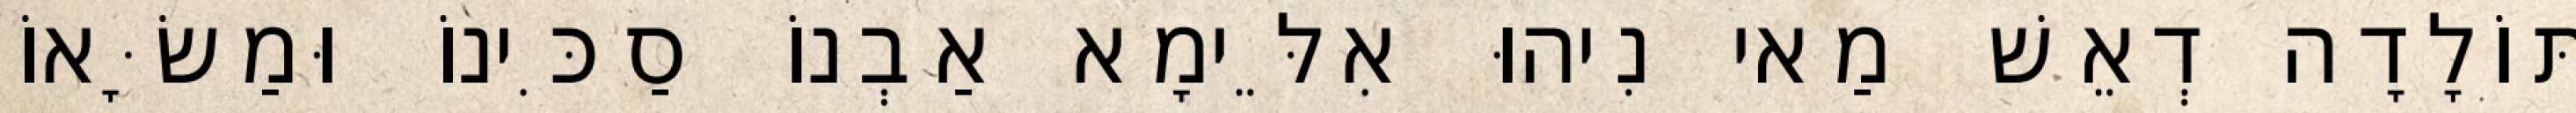
תּוֹלָדָה דְאֵשׁ מַאי נִיהוּ אִלֵּימָא אַבְנוֹ סַכִּינוֹ וּמַשָּׂאוֹ